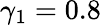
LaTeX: \gamma_{1}=0.8